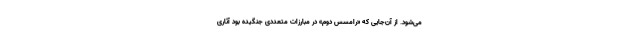
می‌شود. از آن‌جایی که «رامسس دوم» در مبارزات متعددی جنگیده بود آثاری